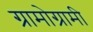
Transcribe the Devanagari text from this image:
ग्रामोग्रामी